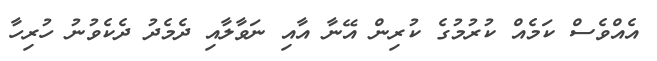
އެއްވެސް ކަމެއް ކުރުމުގެ ކުރިން އޭނާ އާއި ނަވާލާއި ދެމެދު ދެކެވުނު ހުރިހާ